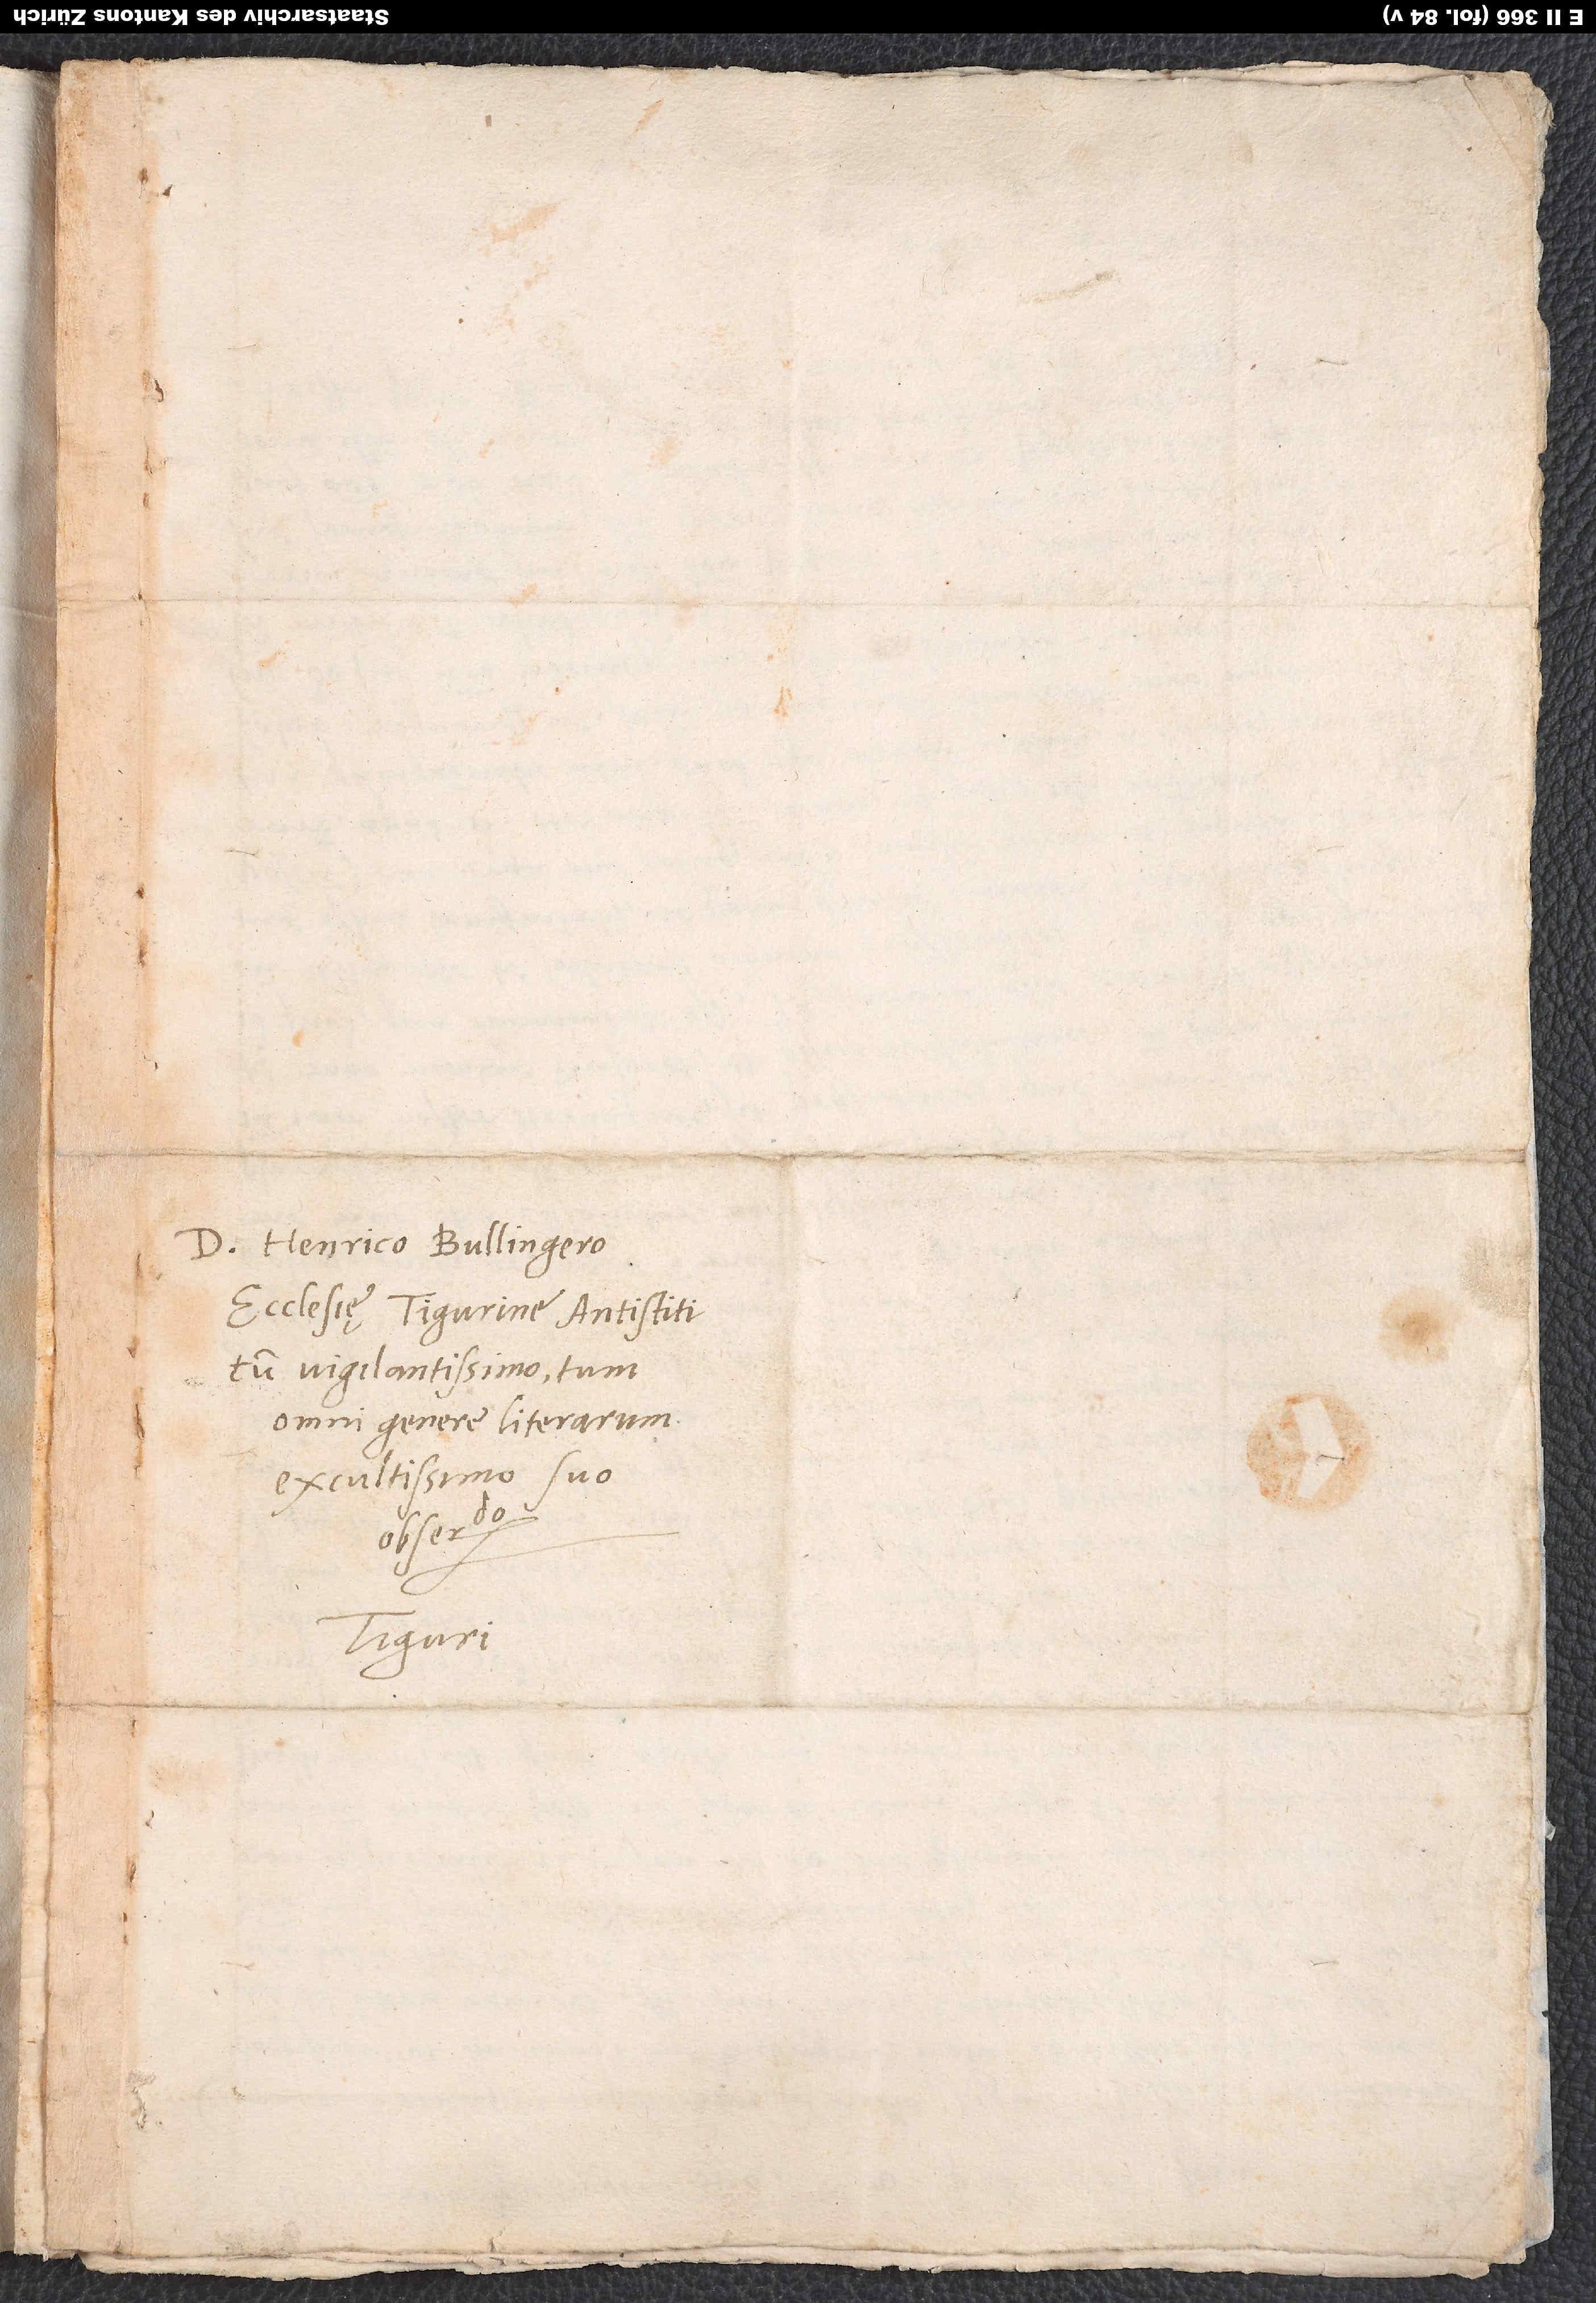
ecclesię Tigurinę antistiti,
tum vigilantissimo, tum
omni genere literarum
excultissimo, suo
Tiguri.